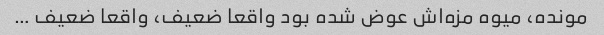
مونده، میوه مزه‌اش عوض شده بود واقعا ضعیف، واقعا ضعیف …